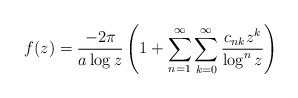
\begin{align*}f(z)=\frac{-2\pi}{a\log z}\left(1+\sum_{n=1}^{\infty}\sum_{k=0}^{\infty}\frac{c_{nk}z^k}{\log^nz}\right) \end{align*}